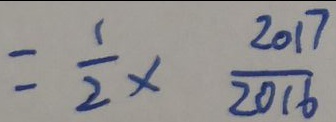
= \frac { 1 } { 2 } \times \frac { 2 0 1 7 } { 2 0 1 6 }